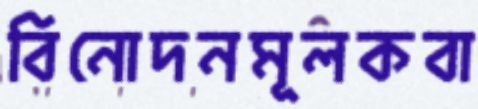
বিনোদনমূলকবা